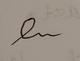
Signature authenticity: forged